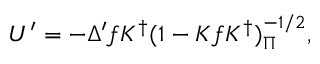
U ^ { \prime } = - \Delta ^ { \prime } f K ^ { \dag } ( 1 - K f K ^ { \dag } ) _ { \Pi } ^ { - 1 / 2 } ,